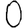
Digit: 0